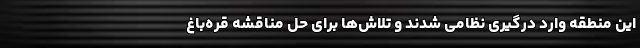
این منطقه وارد درگیری نظامی شدند و تلاش‌ها برای حل مناقشه قره‌باغ